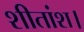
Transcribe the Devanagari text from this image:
शीतांश।